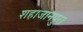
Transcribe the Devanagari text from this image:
शहाजानपुरा